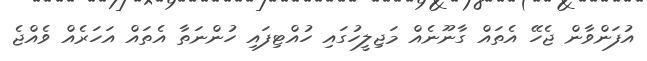
އުފަންވާން ޖެހޭ އެތައް ގާނޫނެއް މަޖިލީހުގައި ހުއްޓިފައި ހުންނަތާ އެތައް އަހަރެއް ވެއްޖެ